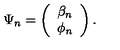
\Psi _ { n } = \left( \begin{array} { c } { \beta _ { n } } \\ { \phi _ { n } } \\ \end{array} \right) . \nonumber